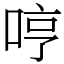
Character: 哼